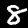
Digit: 8